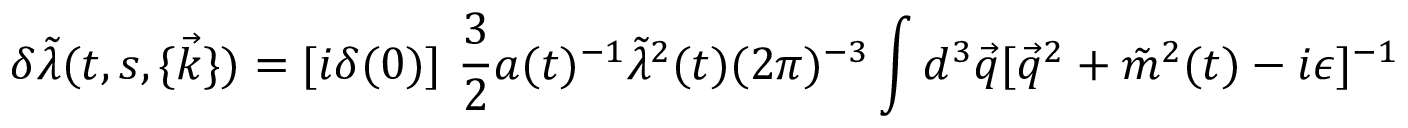
\delta \tilde { \lambda } ( t , s , \{ \vec { k } \} ) = [ i \delta ( 0 ) ] ~ \frac { 3 } { 2 } a ( t ) ^ { - 1 } \tilde { \lambda } ^ { 2 } ( t ) ( 2 \pi ) ^ { - 3 } \int d ^ { 3 } \vec { q } [ \vec { q } ^ { 2 } + \tilde { m } ^ { 2 } ( t ) - i \epsilon ] ^ { - 1 }